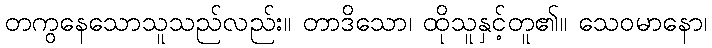
တကွနေသောသူသည်လည်း။ တာဒိသော၊ ထိုသူနှင့်တူ၏။ သေဝမာနော၊